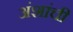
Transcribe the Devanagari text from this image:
अंशांची